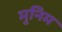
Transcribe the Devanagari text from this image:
मुनिम